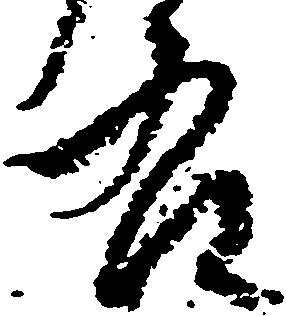
右